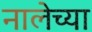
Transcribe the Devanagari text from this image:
नालेच्या